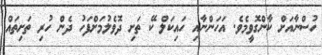
ހުސްނާއަށް ކާންގޮވީމެވެ. އަހަންނާއި ހައިކަލް ކޭ ތަށި ދޮވެލުމަށްފަހު ދެން ހުރި ތަށިތައް